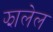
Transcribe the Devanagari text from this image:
झालेल